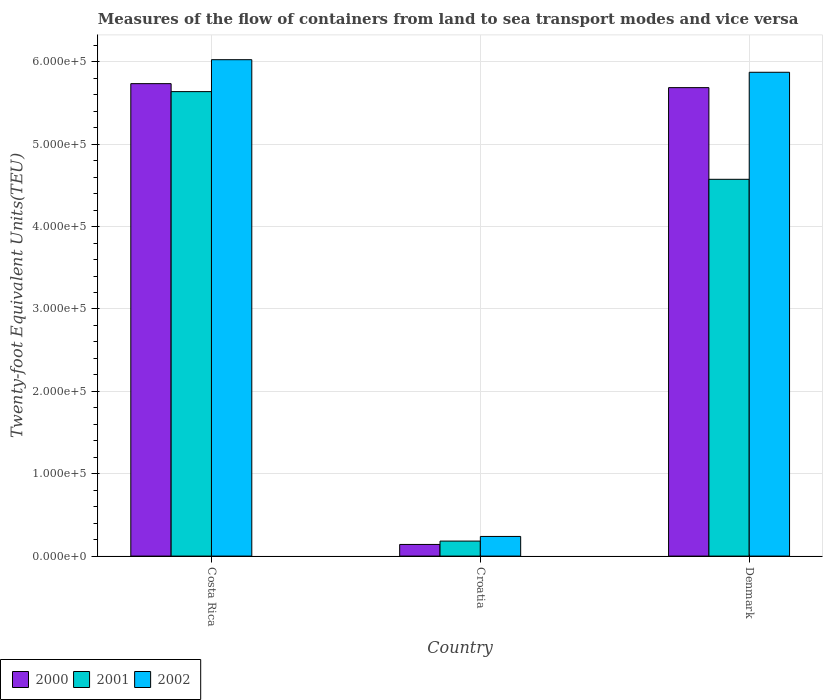
| Country | 2000 | 2001 | 2002 |
 | --- | --- | --- | --- |
 | Costa Rica | 5.74e+05 | 5.64e+05 | 6.03e+05 |
 | Croatia | 1.42e+04 | 1.82e+04 | 2.39e+04 |
 | Denmark | 5.69e+05 | 4.57e+05 | 5.87e+05 |